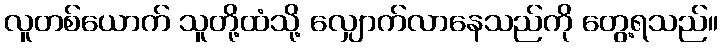
လူတစ်ယောက် သူတို့ထံသို့ လျှောက်လာနေသည်ကို တွေ့ရသည်။